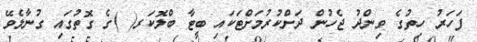
ފަހަރު ހިތުގެ ވިންދު ޖެހުން ދަށްކުރުމަށްޓަކައި ބީޓާ ބްލޮކަރ( )ގެ ގޮތުގައި ގުނާލެވޭ